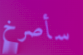
سأصرخ